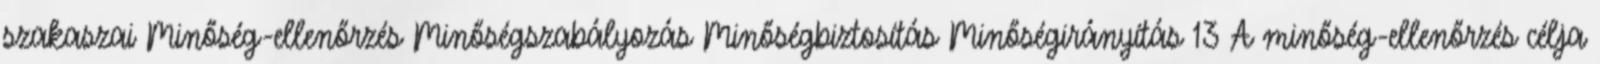
szakaszai Minőség-ellenőrzés Minőségszabályozás Minőségbiztosítás Minőségirányítás 13 A minőség-ellenőrzés célja